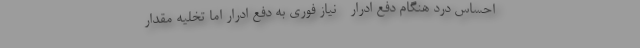
احساس درد هنگام دفع ادرار - نیاز فوری به دفع ادرار اما تخلیه مقدار